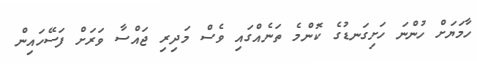
ހާމަޔަށް ހުންނަ ހަށިގަނޑުގެ ކޮންމެ ތަނެއްގައި ވެސް މަދިރި ޖައްސާ ވަރަށް ފަސޭހައިން